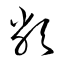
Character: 敝